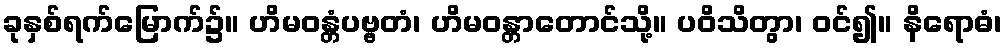
ခုနှစ်ရက်မြောက်၌။ ဟိမဝန္တံပဗ္ဗတံ၊ ဟိမဝန္တာတောင်သို့။ ပဝိသိတွာ၊ ဝင်၍။ နိရောဓံ၊